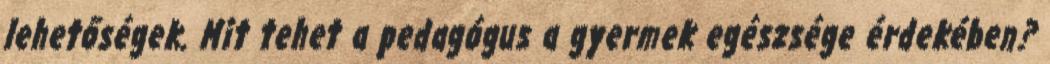
lehetőségek. Mit tehet a pedagógus a gyermek egészsége érdekében?